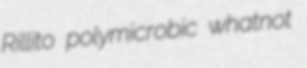
Rillito polymicrobic whatnot